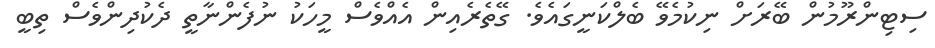
ސިޓިންރޫމުން ބޭރަށް ނިކުމެވޭ ބެލްކަނީގައެވެ. ގޭތެރެއިން އެއްވެސް މީހަކު ނުފެންނާތީ ދެކުދިންވެސް ތިބީ